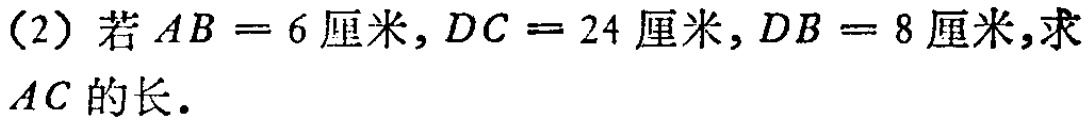
（2）若\(AB = 6\)厘米，\(DC = 24\)厘米，\(DB = 8\)厘米，求\(AC\)的长.